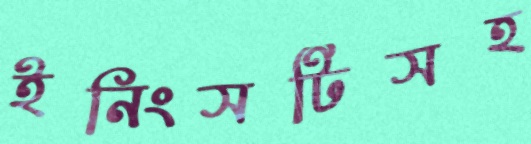
ইনিংসটিসহ